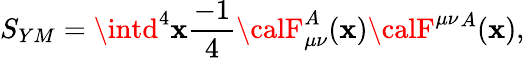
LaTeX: S_{YM}=\intd^{4}\mathbf{x}{\frac{{-1}}{{4}}}{\calF}_{\mu\nu}^{A}(\mathbf{x}){\calF}^{\mu\nu}{}^{A}(\mathbf{x}),